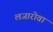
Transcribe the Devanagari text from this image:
लजारोवा